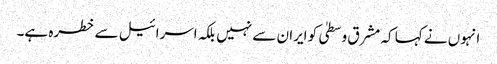
انہوں نے کہا کہ مشرق وسطیٰ کو ایران سے نہیں بلکہ اسرائیل سے خطرہ ہے۔